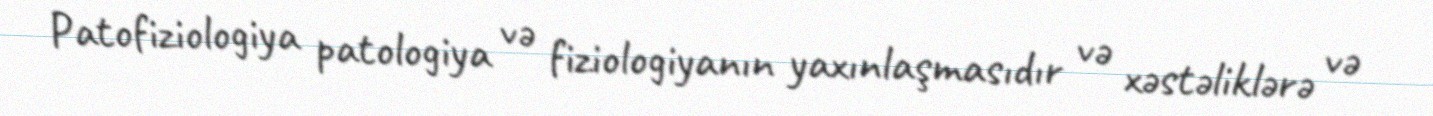
Patofiziologiya patologiya və fiziologiyanın yaxınlaşmasıdır və xəstəliklərə və